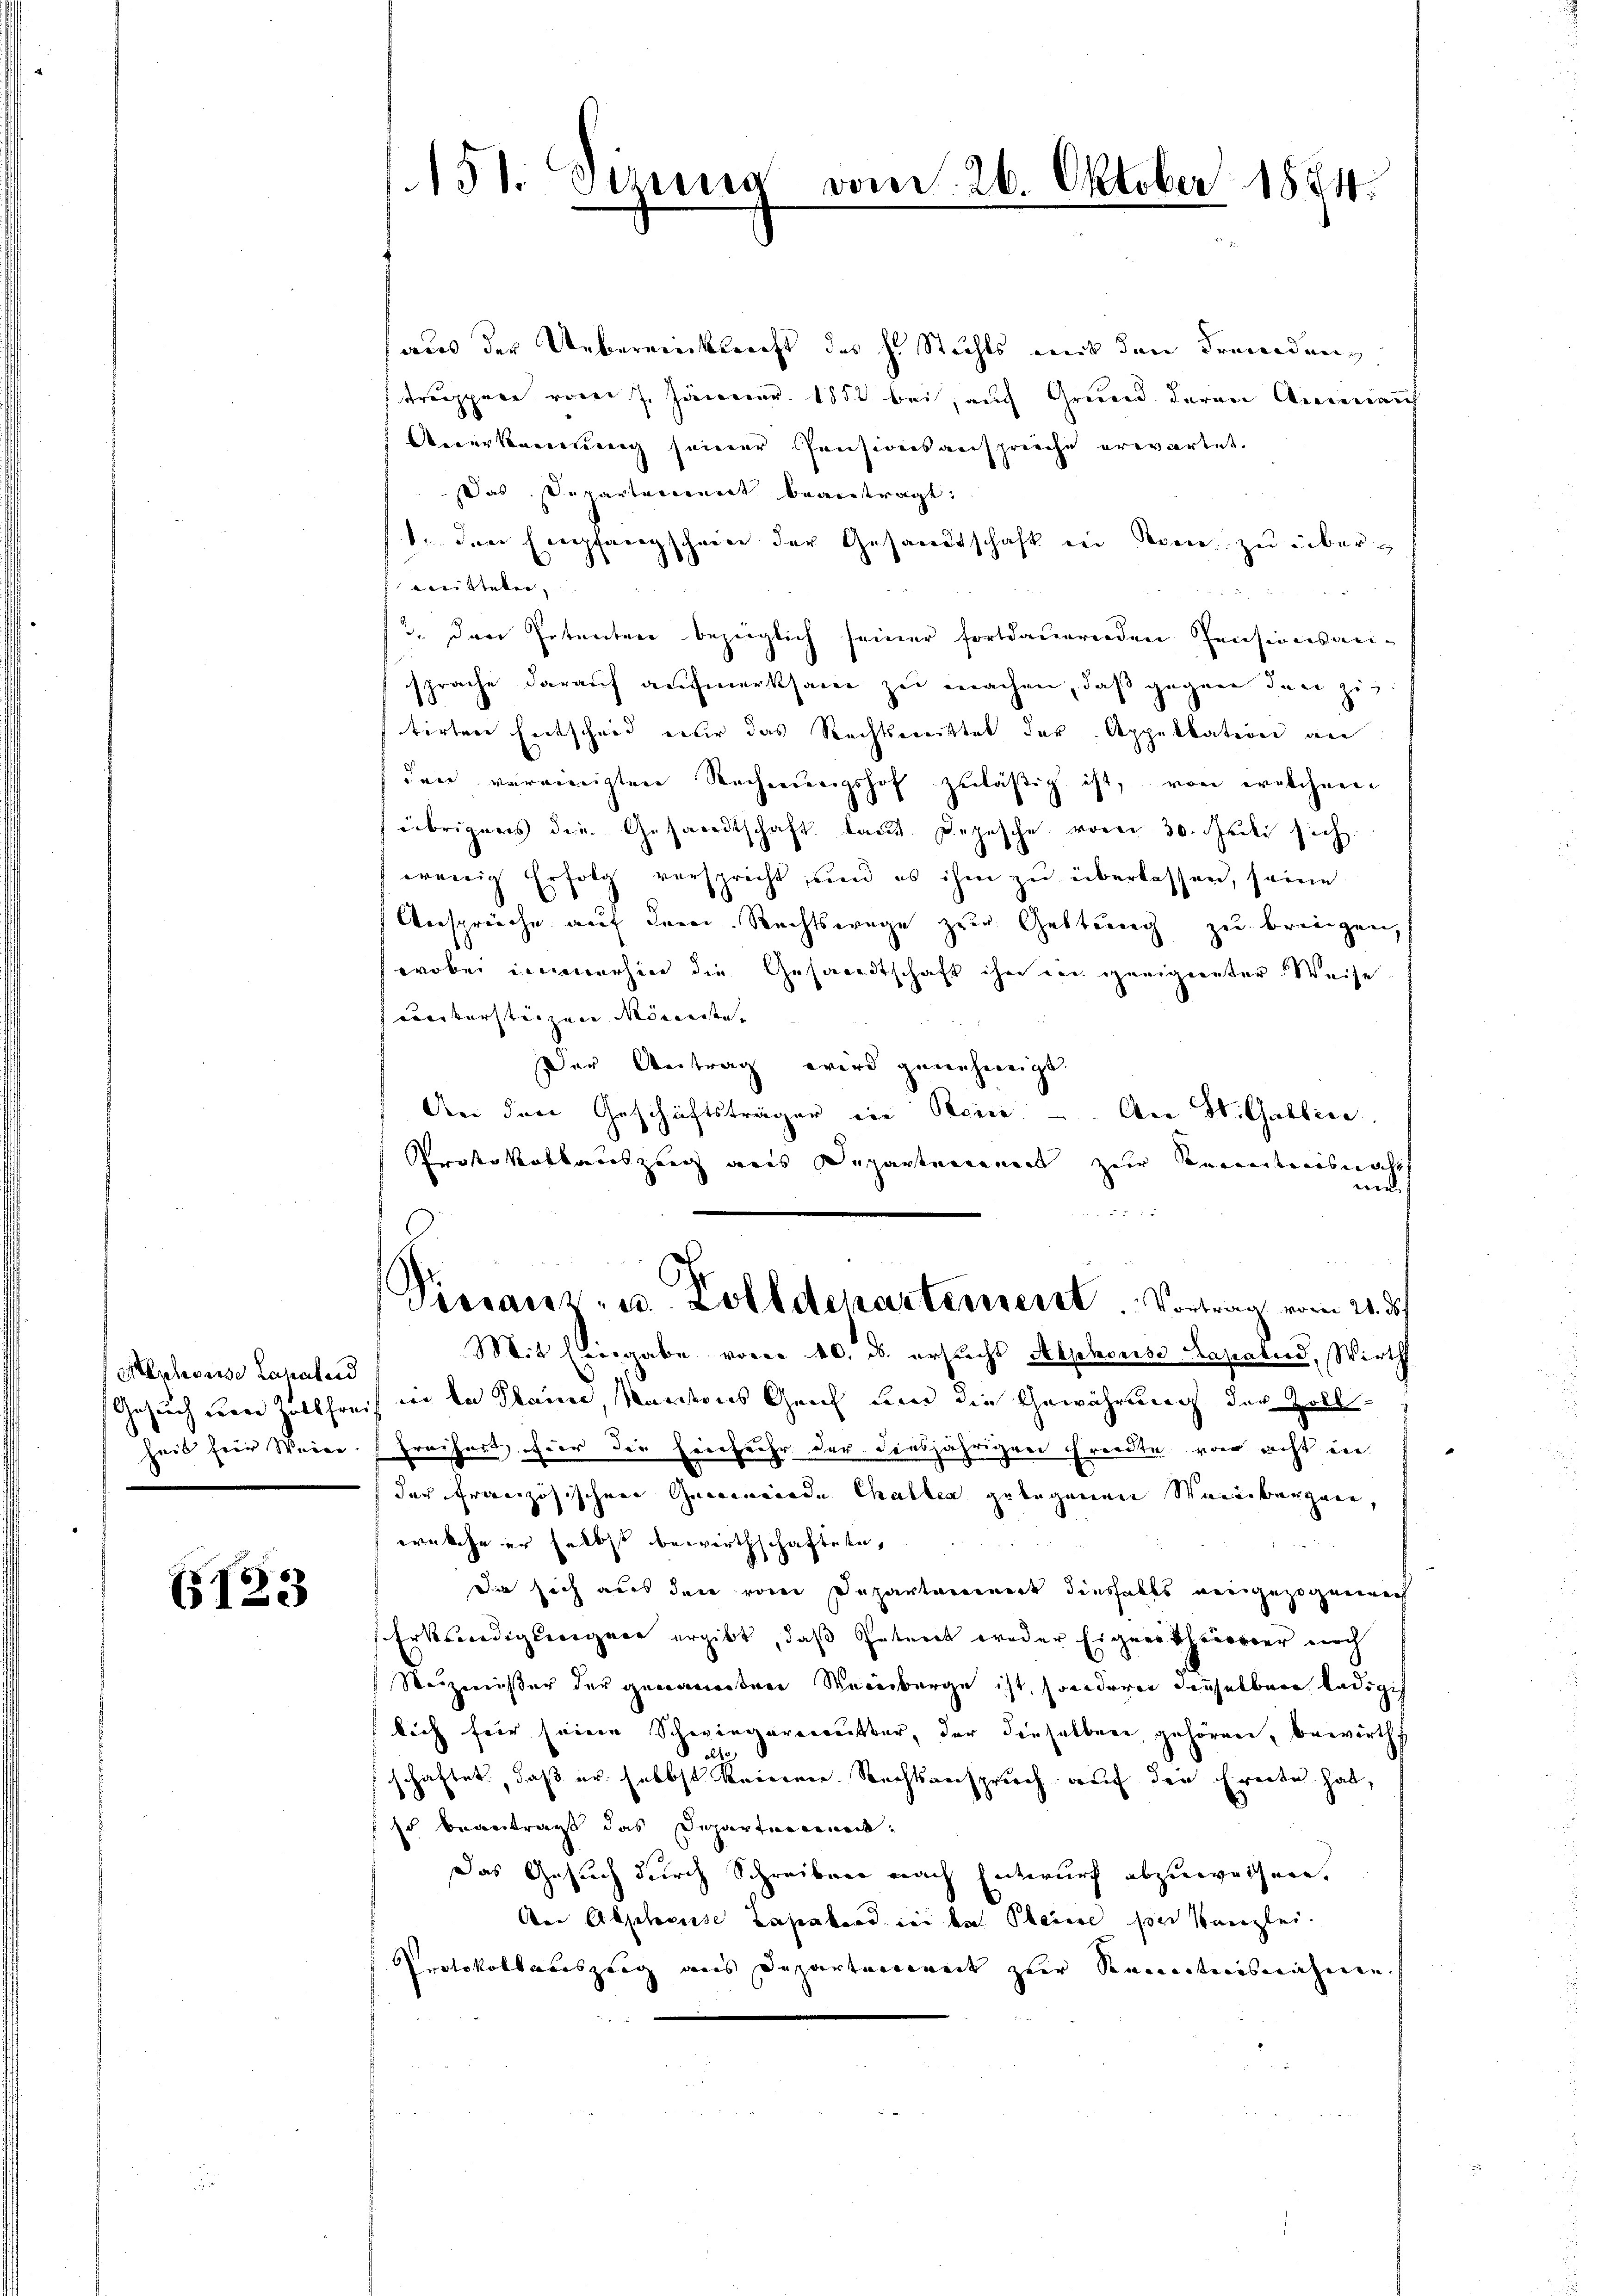
Alphorise Lassberd
Gesuch von Zollfrei.
heit für Weier.

(123

151. Sehns

aus der Uebereiecksricht des H. Stichts mit den Fremdung
trappen vom 7. Jänner 1882 bei; auch Grund deren Anderau
Anerkennung seiner Pensionsanspreche erwartet.
Das Departerinet beantragt:
1. den Empfangschein der Gesandtschaft in Seen zu übermeisteten,

2. Den Petenten bezüglich seiner fortdauernden Pensionsan-
sprache darauf aufmerksam zu machen, daß gegen den zigtirten Entscheid er das Rechtsmittet der Appellation an
den vereinigten Rechnŭngshof zuläßig ist, von welchem
übrigens die Gesandtschaft laut. Depesche vom 30. Juli sich
wenig Erfolg verspricht, und es ihm zŭ überlassen, seine
Ansprüche auf der Rechtswege zur Geltung zu bringen,
wobei immerhin die Gesandtschaft ihre ein geeigneter Weise
criterstanzen Ministe- |
Der Antrag wird genehmigt.
An den Geschäftsträger in Beein. - An St. Gallice
Proste Volkenszeug aus Departanenen zur Kenntnisnah
werde
 2
s
Piesaus- u. Zolldeparterreist. Vortrag vom 21. ds
Mit Eingabe voren 10. d. ersucht Alphonisó Lapalud, Wirth
in in Klein, Kantons Geich um die Gewährung der Zoll¬
Freiheit für die Heinfuhr der diesjähriger Freidte von acht in
der französischen Gemeinende Challen gelegenen Weinbargen,
welche er selbst bewirthschaftete,
Die sich aus den von Departemenade diesfalls vergezogenenen
Erksnedigungen ergibt, daß Petent weder Eigensthauser noch
Reizerisser der genannten Reinberge ist, sonderen denselben ledigich
kich für seinen Scheingerermutter, der dieselben gehören, bewirths
2f
schaftet, daß er selbst keinen Rechtsanspruch auf den Ereite hat,
Es beantragt das Departereineck.
Das Gesuch durch Schreiben nach Entwurf abzuweisen.
Aer Abplocuse Lasakord sei bat Perce poe Kanzlei.
Protokollauszeig aus Departennert zur Kenntnisnahmen

von d. 26. Oktober 1884.